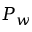
P _ { w }